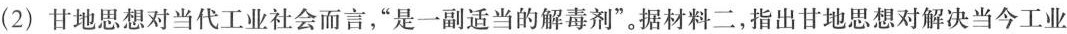
(2)甘地思想对当代工业社会而言，”是一副适当的解毒剂”。据材料二，指出甘地思想对解决当今工业